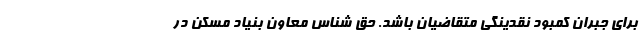
برای جبران کمبود نقدینگی متقاضیان باشد. حق شناس معاون بنیاد مسکن در